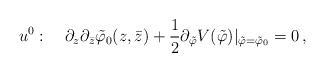
\begin{align*}u^0:\quad \partial_z\partial_{\bar{z}}\tilde{\varphi}_0(z,\bar{z})+\frac{1}{2}\partial_{\tilde{\varphi}}V(\tilde{\varphi})|_{\tilde{\varphi}=\tilde{\varphi}_0}=0\,,\end{align*}